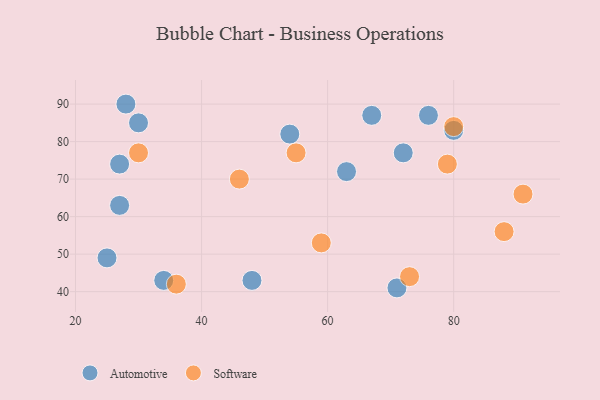
{"axis": {"x": "GDP", "y": "Life Expectancy"}, "legend": ["Automotive", "Software"], "data": [{"x": "67", "y": 87, "type": "Automotive"}, {"x": "71", "y": 41, "type": "Automotive"}, {"x": "80", "y": 83, "type": "Automotive"}, {"x": "76", "y": 87, "type": "Automotive"}, {"x": "72", "y": 77, "type": "Automotive"}, {"x": "54", "y": 82, "type": "Automotive"}, {"x": "27", "y": 74, "type": "Automotive"}, {"x": "48", "y": 43, "type": "Automotive"}, {"x": "30", "y": 85, "type": "Automotive"}, {"x": "28", "y": 90, "type": "Automotive"}, {"x": "27", "y": 63, "type": "Automotive"}, {"x": "63", "y": 72, "type": "Automotive"}, {"x": "25", "y": 49, "type": "Automotive"}, {"x": "34", "y": 43, "type": "Automotive"}, {"x": "73", "y": 44, "type": "Software"}, {"x": "55", "y": 77, "type": "Software"}, {"x": "46", "y": 70, "type": "Software"}, {"x": "91", "y": 66, "type": "Software"}, {"x": "59", "y": 53, "type": "Software"}, {"x": "30", "y": 77, "type": "Software"}, {"x": "80", "y": 84, "type": "Software"}, {"x": "79", "y": 74, "type": "Software"}, {"x": "88", "y": 56, "type": "Software"}, {"x": "36", "y": 42, "type": "Software"}]}